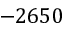
- 2 6 5 0